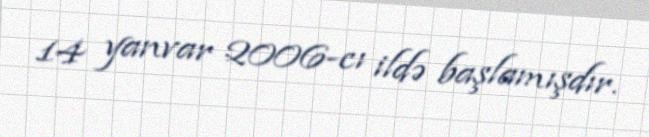
14 yanvar 2006-cı ildə başlamışdır.